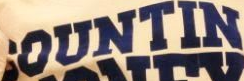
OUNTIN